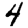
Digit: 4